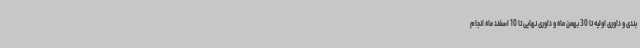
بندی و داوری اولیه تا 30 بهمن ماه و داوری نهایی تا 10 اسفند ماه انجام